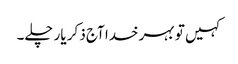
کہیں تو بہر خدا آج ذکر یار چلے۔